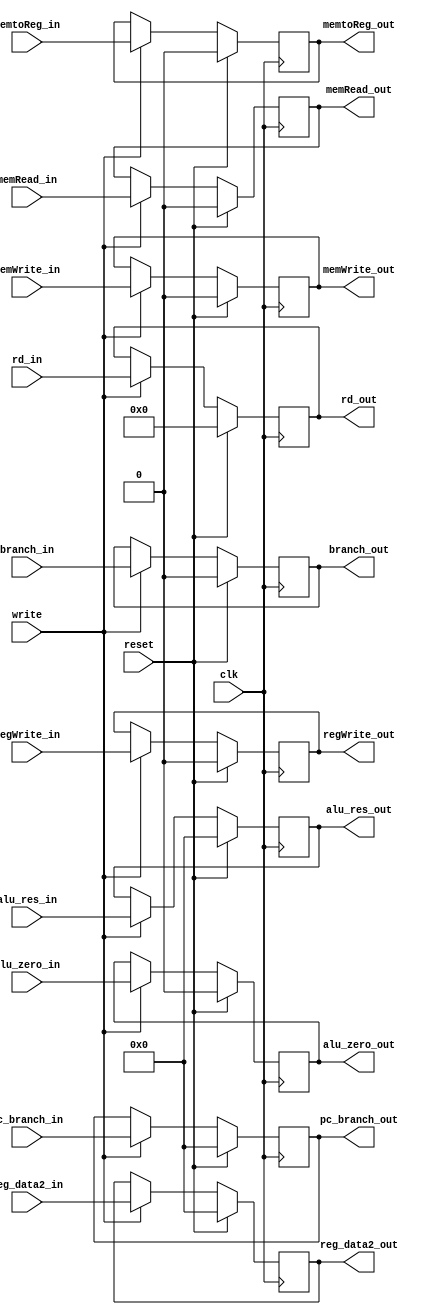
module EX_MEM_reg(input clk, reset, write,
                  input [31:0] pc_branch_in, alu_res_in, reg_data2_in,
                  input [4:0] rd_in,
                  input memRead_in, memWrite_in, branch_in, memtoReg_in, regWrite_in,
                  input alu_zero_in,
                  output reg [31:0] pc_branch_out, alu_res_out, reg_data2_out,
                  output reg [4:0] rd_out,
                  output reg memRead_out, memWrite_out, branch_out, memtoReg_out, regWrite_out,
                  output reg alu_zero_out);

always@(posedge clk) begin
    if(reset) begin
        pc_branch_out <= 32'b0;
        alu_res_out <= 32'b0;
        reg_data2_out <= 32'b0;
        rd_out <= 5'b0;
        memRead_out <= 0;
        memWrite_out <= 0;
        branch_out <= 0;
        memtoReg_out <= 0;
        regWrite_out <= 0;
        alu_zero_out <= 0;
    end
    else begin
        if(write) begin
            pc_branch_out <= pc_branch_in;
            alu_res_out <= alu_res_in;
            reg_data2_out <= reg_data2_in;
            rd_out <= rd_in;
            memRead_out <= memRead_in;
            memWrite_out <= memWrite_in;
            branch_out <= branch_in;
            memtoReg_out <= memtoReg_in;
            regWrite_out <= regWrite_in;
            alu_zero_out <= alu_zero_in;
        end
    end
end

endmodule